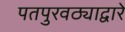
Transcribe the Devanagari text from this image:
पतपुरवठ्याद्वारे